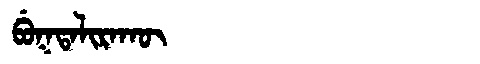
Manchu: ᠪᡠᡴᡨᠠᠯᡳᡵᠠᡴᡡ
Romanization: BUKTALIRAKŪ